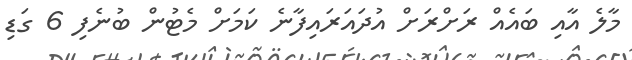
މާލެ އާއި ބައެއް ރަށްރަށް އުދައަރައިފާނެ ކަމަށް މެޓުން ބުނެފި 6 ގަޑި